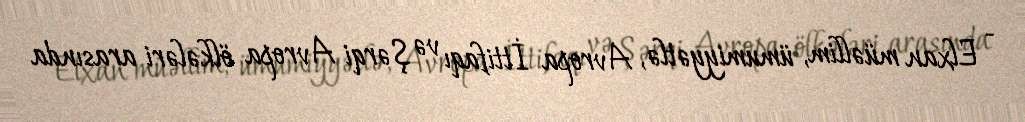
- Elxan müəllim, ümumiyyətlə, Avropa İttifaqı və Şərqi Avropa ölkələri arasında